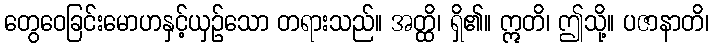
တွေဝေခြင်းမောဟနှင့်ယှဉ်သော တရားသည်။ အတ္ထိ၊ ရှိ၏။ ဣတိ၊ ဤသို့။ ပဇာနာတိ၊